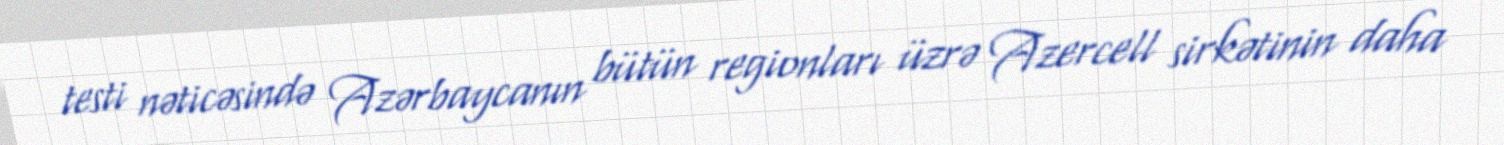
testi nəticəsində Azərbaycanın bütün regionları üzrə Azercell sirkətinin daha